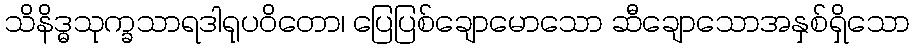
သိနိဒ္ဓသုက္ခသာရဒါရုပဝိတော၊ ပြေပြစ်ချောမောသော ဆီချောသောအနှစ်ရှိသော